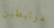
مرتبطين